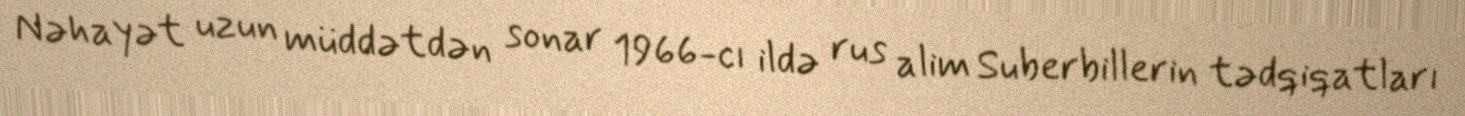
Nəhayət uzun müddətdən sonar 1966-cı ildə rus alim Suberbillerin tədqiqatları